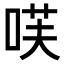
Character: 𭈏